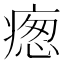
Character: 𭼙